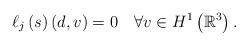
LaTeX: \begin{align*}\ell_{j}\left( s\right) \left( d,v\right) =0\quad\forall v\in H^{1}\left(\mathbb{R}^{3}\right) .\end{align*}